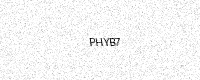
Text: PHYB7